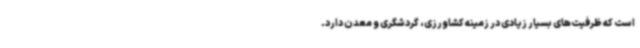
است که ظرفیت‌های بسیار زیادی در زمینه کشاورزی، گردشگری و معدن دارد.